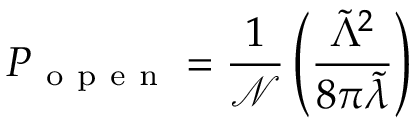
P _ { \mathrm { ~ o ~ p ~ e ~ n ~ } } = \frac { 1 } { \mathcal { N } } \left( \frac { \tilde { \Lambda } ^ { 2 } } { 8 \pi \tilde { \lambda } } \right)